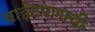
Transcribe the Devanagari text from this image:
वाईटपणाची